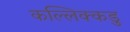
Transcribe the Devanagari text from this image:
कल्लिक्कडु